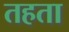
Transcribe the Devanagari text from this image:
तहता